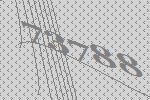
73788